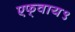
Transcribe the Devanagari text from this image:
एफ्‌वाय९